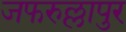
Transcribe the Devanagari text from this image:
जफरुल्लापुर